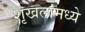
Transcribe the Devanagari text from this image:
शृखलांमध्ये